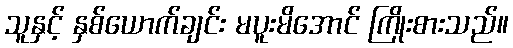
သူနှင့် နှစ်ယောက်ချင်း မပူးမိအောင် ကြိုးစားသည်။